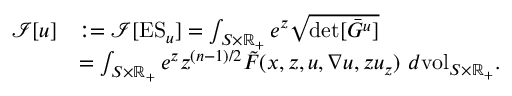
\begin{array} { r l } { \mathcal { I } [ u ] } & { : = \mathcal { I } [ \mathrm { E S } _ { u } ] = \int _ { S \times \mathbb { R } _ { + } } e ^ { z } \sqrt { \operatorname* { d e t } [ \bar { G } ^ { u } ] } } \\ & { = \int _ { S \times \mathbb { R } _ { + } } e ^ { z } z ^ { ( n - 1 ) / 2 } \tilde { F } ( x , z , u , \nabla u , z u _ { z } ) \ d \mathrm { v o l } _ { S \times \mathbb { R } _ { + } } . } \end{array}